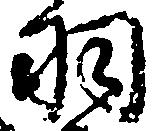
羽